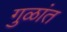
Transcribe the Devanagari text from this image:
गुळांत